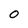
Character: O